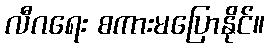
လီဂရေး စကားမပြောနိုင်။